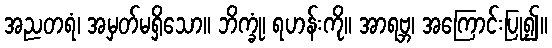
အညတရံ၊ အမှတ်မရှိသော။ ဘိက္ခုံ၊ ရဟန်းကို။ အာရဗ္ဘ၊ အကြောင်းပြု၍။